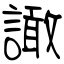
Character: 譀